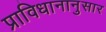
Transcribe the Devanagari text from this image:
प्राविधानानुसार